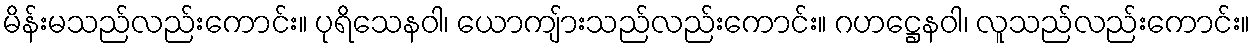
မိန်းမသည်လည်းကောင်း။ ပုရိသေနဝါ၊ ယောကျ်ားသည်လည်းကောင်း။ ဂဟဋ္ဌေနဝါ၊ လူသည်လည်းကောင်း။